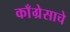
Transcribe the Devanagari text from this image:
काँग्रेसाचे